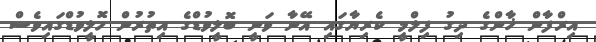
އިރްފާން ޚާންގެ ދިގު ފިލްމީ ކެރިޔާގައި އޭނާ ވަނީ ބޮލީވުޑްގެ އިތުރުން ހޮލީވުޑްގައިވެސް